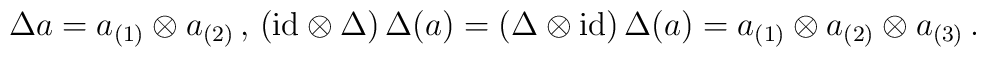
\Delta a = a_{(1)} \otimes a_{(2)} \, , \, ({\rm id} \otimes \Delta) \, \Delta (a) = (\Delta \otimes {\rm id}) \, \Delta (a) = a_{(1)} \otimes a_{(2)} \otimes a_{(3)} \, .